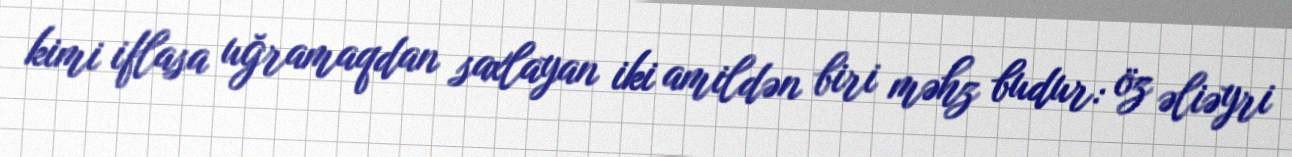
kimi iflasa uğramaqdan saxlayan iki amildən biri məhz budur: öz əliəyri